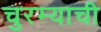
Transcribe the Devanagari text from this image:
चुरम्याची